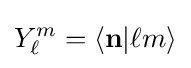
Y_{\ell }^{m}=\langle \mathbf {n} |\ell m\rangle